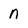
Character: n